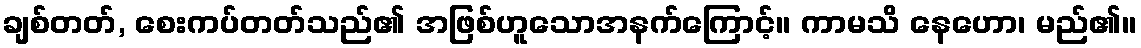
ချစ်တတ်, စေးကပ်တတ်သည်၏ အဖြစ်ဟူသောအနက်ကြောင့်။ ကာမသိ နေဟော၊ မည်၏။